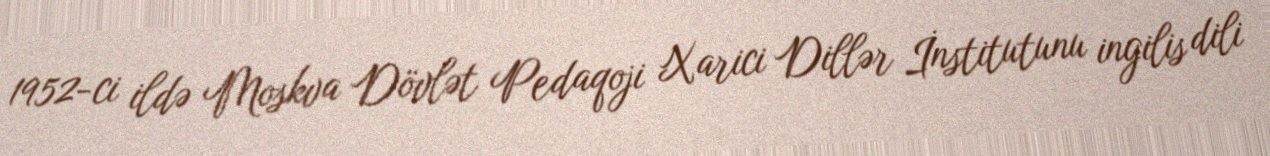
1952-ci ildə Moskva Dövlət Pedaqoji Xarici Dillər İnstitutunu ingilis dili